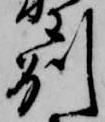
州